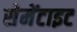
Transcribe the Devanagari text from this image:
सेमेंटाइट